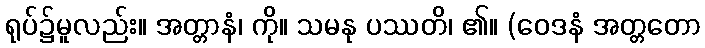
ရုပ်၌မူလည်း။ အတ္တာနံ၊ ကို။ သမနု ပဿတိ၊ ၏။ (ဝေဒနံ အတ္တတော